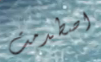
اصطدمت